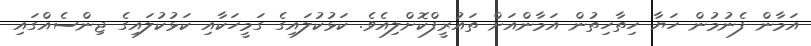
އަމާން ފެނުމުން ހަޔާ ހިތާހިތުން އަމާންއަށް ތައުރީފްކޮށްލިއެވެ. ކަޅުކުލައިގެ ގަމީހަކާއި ކަޅުކުލައިގެ ޖިންސެއްގައި